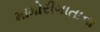
મામોરીગાતાના